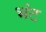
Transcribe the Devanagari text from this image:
भंट